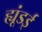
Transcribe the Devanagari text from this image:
ह्यूंडई